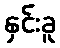
နှင်းခူ